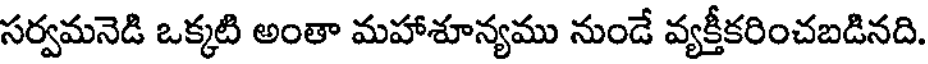
సర్వమనెడి ఒక్కటి అంతా మహాశూన్యము నుండే వ్యక్తీకరించబడినది.